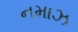
નમાઝ